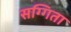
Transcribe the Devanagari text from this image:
सग्गिता